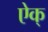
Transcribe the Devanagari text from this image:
ऐक्